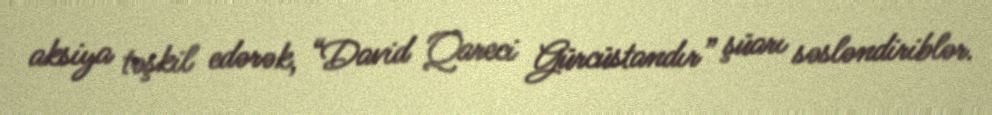
aksiya təşkil edərək, “David Qareci Gürcüstandır” şüarı səsləndiriblər.